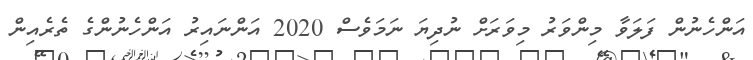
އަންހެނުން ފަލަވާ މިންވަރު މިވަރަށް ނުދިޔަ ނަމަވެސް 2020 އަންނައިރު އަންހެނުންގެ ތެރެއިން